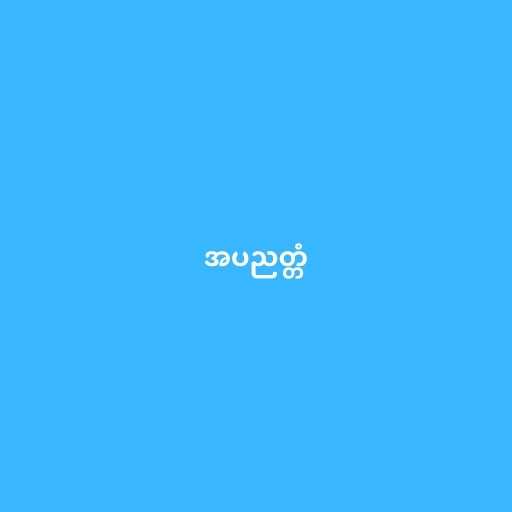
အပညတ္တံ